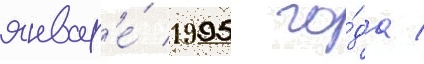
январ'е́ 1995 го́да /